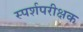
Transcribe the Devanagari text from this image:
स्पर्शपरीक्षक